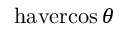
\operatorname { h a v e r c o s } \theta